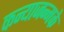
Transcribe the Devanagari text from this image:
कन्याजन्मके